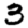
Digit: 3